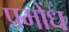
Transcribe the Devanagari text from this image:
प्रमोध